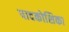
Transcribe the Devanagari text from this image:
पादकोशिका